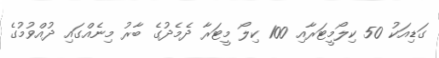
ގަޑިއަކު 50 ކިލޯމީޓަރާއި 100 ކިލޯ މީޓަރާ ދެމެދުގެ ބާރު މިނެއްގައި ދުއްވުމުގެ